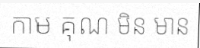
កាម គុណ មិន មាន